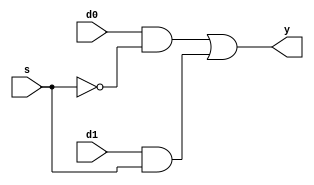
`timescale 1ns / 1ps
//////////////////////////////////////////////////////////////////////////////////
// Company: 
// Engineer: 
// 
// Design Name: 
// Module Name:    mux21 
// Project Name: 
// Target Devices: 
// Tool versions: 
// Description: 
//
// Dependencies: 
//
// Revision: 
// Revision 0.01 - File Created
// Additional Comments: 
//
//////////////////////////////////////////////////////////////////////////////////
module mux21(
    input d0,
    input d1,
    input s,
    output y
    );
	 assign y=(d0&~s)|(d1&s);


endmodule